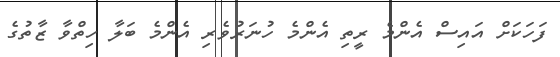
ފަހަކަށް އައިސް އެންމެ ރީތި އެންމެ ހުނަރުވެރި އެންމެ ބަލާ ހިތްވާ ޒާތުގެ